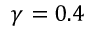
\gamma = 0 . 4